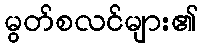
မွတ်စလင်များ၏